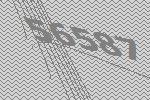
56587